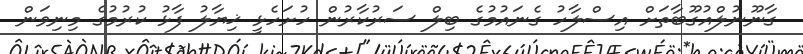
ގާނޫނުލްއުގޫބާތަށް އިސްލާހު ގެނައުމުގެ ބިލް ސަރުކާރުން ހުށަހެޅީ ޚިޔާލު ފާޅު ކުރުމުގެ މިނިވަން